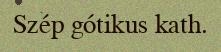
Szép gótikus kath.